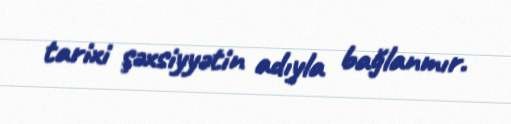
tarixi şəxsiyyətin adıyla bağlanmır.